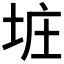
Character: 𪣐